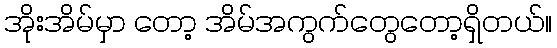
အိုးအိမ်မှာ တော့ အိမ်အကွက်တွေတော့ရှိတယ်။